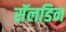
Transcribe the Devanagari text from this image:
सॅलडिन